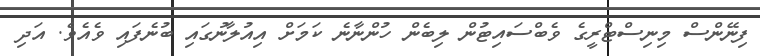
ފިނޭންސް މިނިސްޓްރީގެ ވެބްސައިޓުން ލިބެން ހުންނާނެ ކަމަށް އިއުލާނުގައި ބުނެފައި ވެއެވެ. އަދި